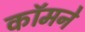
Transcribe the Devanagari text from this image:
कॉमने